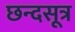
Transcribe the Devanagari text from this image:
छन्दसूत्र